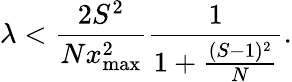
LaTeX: \lambda<\frac{2S^{2}}{Nx_{\mathrm{max}}^{2}}\frac{1}{1+\frac{(S-1)^{2}}{N}}.